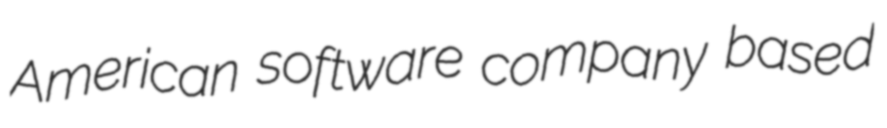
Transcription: American software company based